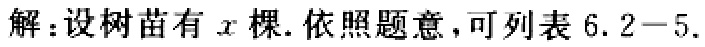
解：设树苗有\(x\)棵. 依照题意，可列表\(6.2 - 5.\)